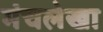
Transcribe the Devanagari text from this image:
मंचलेखा